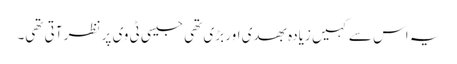
یہ اس سے کہیں زیادہ بھدی اور بڑی تھی جیسی ٹی وی پر نظر آتی تھی۔